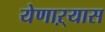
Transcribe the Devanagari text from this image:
येणाऱ्यास